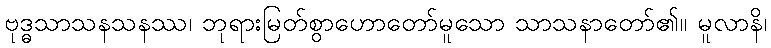
ဗုဒ္ဓသာသနသနဿ၊ ဘုရားမြတ်စွာဟောတော်မူသော သာသနာတော်၏။ မူလာနိ၊